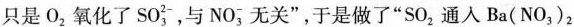
只是O_{2}氧化了SO_{3}^{2-}，与NO_{3}^{-}无关”，于是做了”SO_{2}通入Ba(NO_{3})_{2}